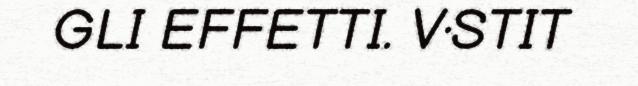
GLI EFFETTI. V·STIT